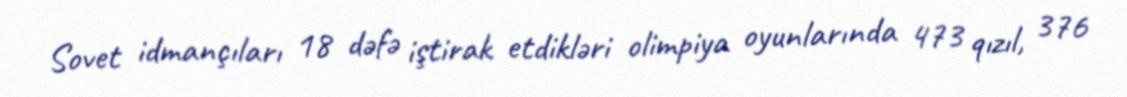
Sovet idmançıları 18 dəfə iştirak etdikləri olimpiya oyunlarında 473 qızıl, 376